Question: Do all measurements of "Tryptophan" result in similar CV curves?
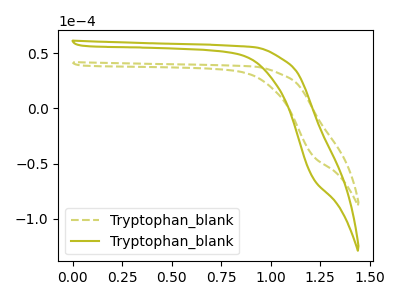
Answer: <think>The olive dashed curve "Tryptophan_blank1" has no peaks. The olive curve "Tryptophan_blank2" has no peaks.
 Neither "Tryptophan_blank1" or "Tryptophan_blank2" have any peaks.</think>
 <answer>All the CV's of "Tryptophan" have similar shape.</answer>
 <eval>follow_rule</eval>